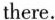
there.